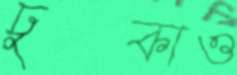
ঢুকাও